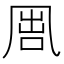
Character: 𠙕